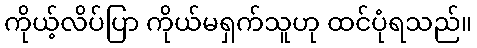
ကိုယ့်လိပ်ပြာ ကိုယ်မရှက်သူဟု ထင်ပုံရသည်။